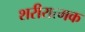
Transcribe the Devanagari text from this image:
शरीरात्मक